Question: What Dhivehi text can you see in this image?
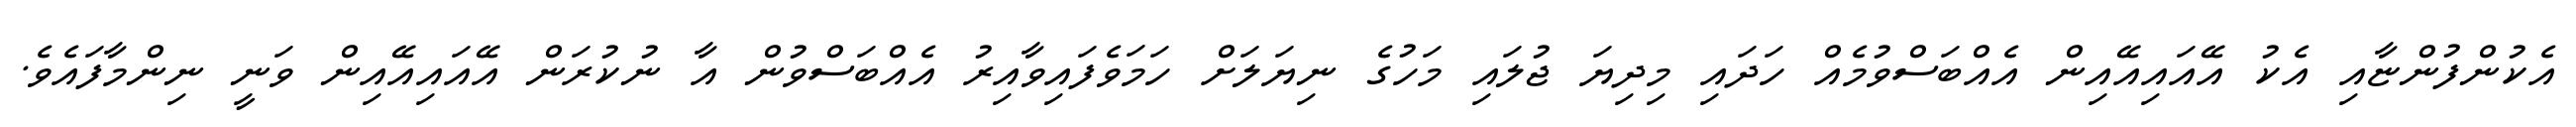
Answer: އެކުންފުންޏާއި އެކު އޭއައިއޭއިން އެއްބަސްވުމެއް ހަދައި މިދިޔަ ޖުލައި މަހުގެ ނިޔަލަށް ހަމަވެފައިވާއިރު އެއްބަސްވުން އާ ނުކުރަން އޭއައިއޭއިން ވަނީ ނިންމާފައެވެ.